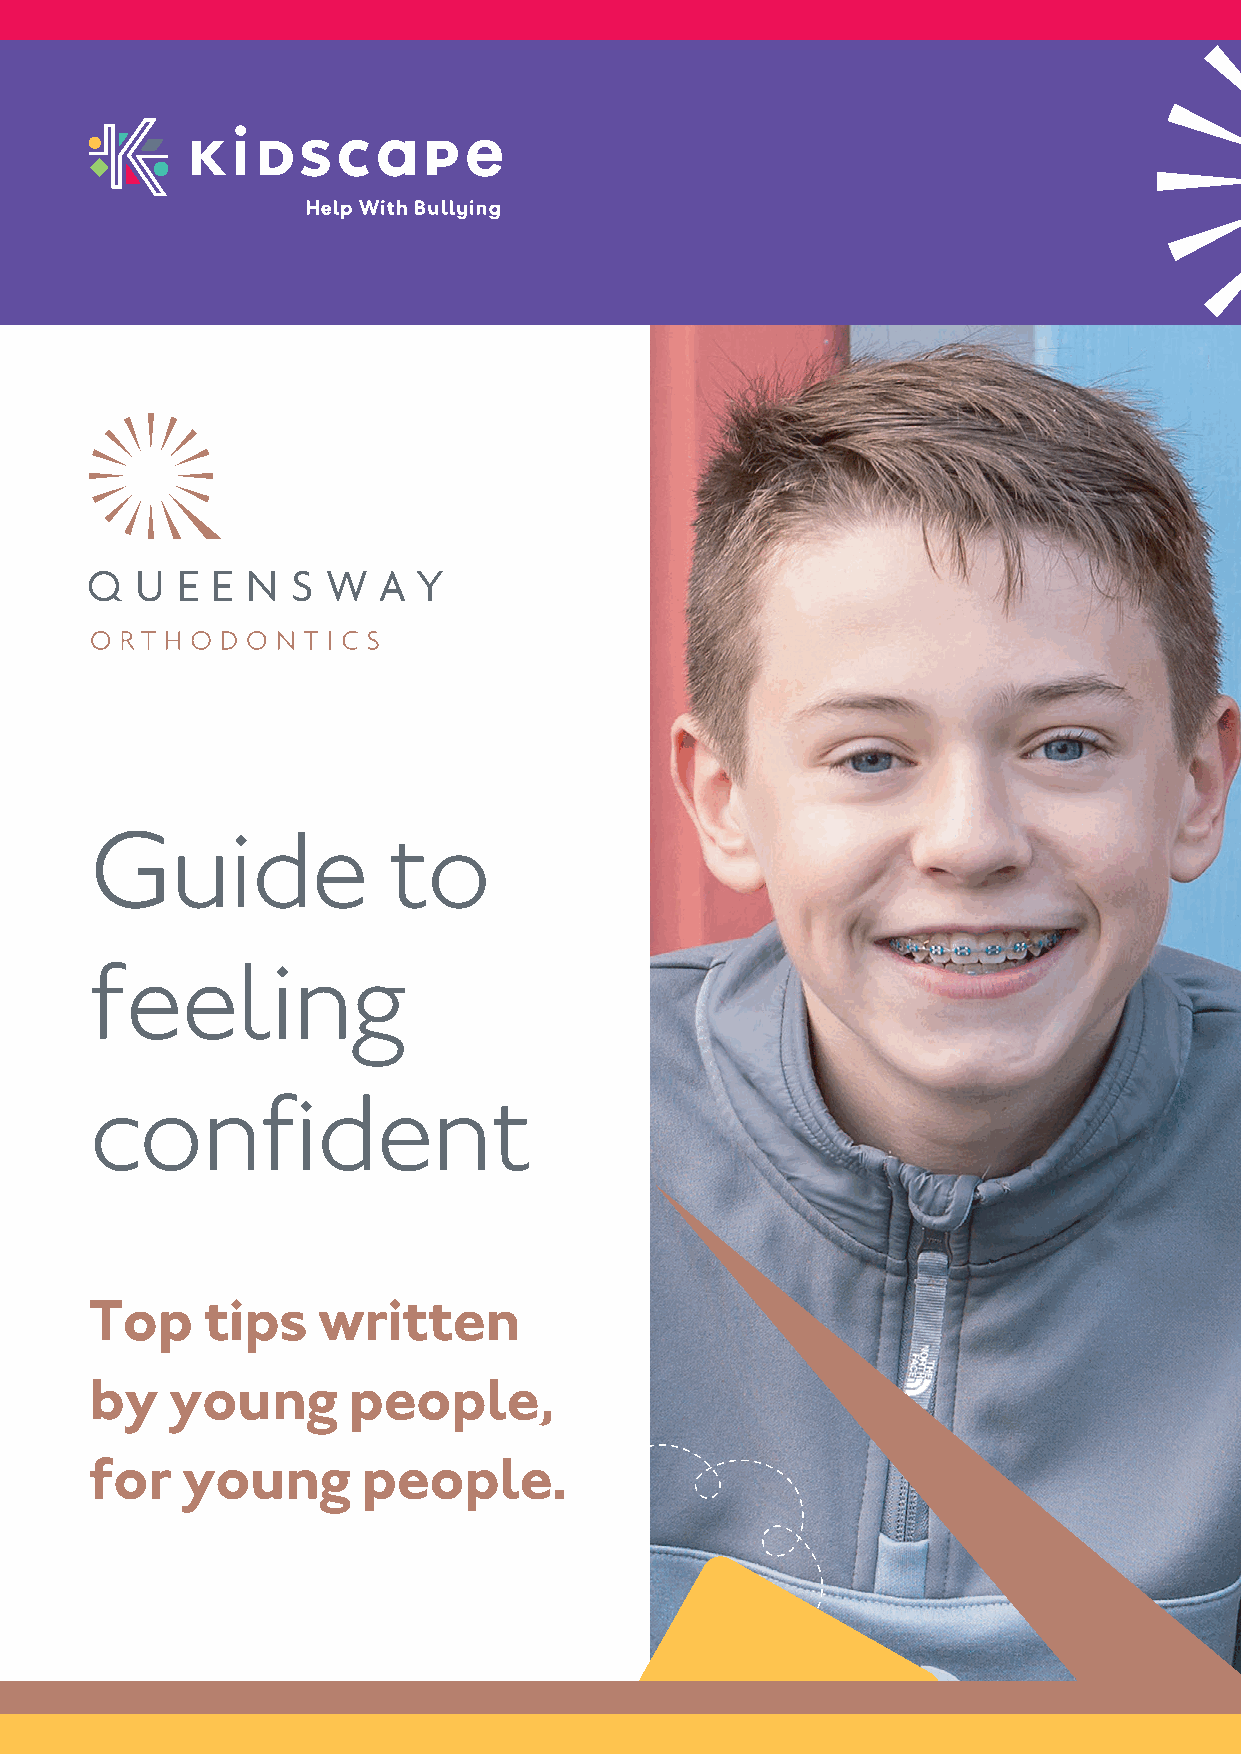
Guide               to
 feeling
 confident
 Top    tips    written
 by   young       people,
 for   young       people.